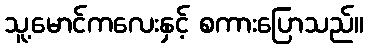
သူ့မောင်ကလေးနှင့် စကားပြောသည်။